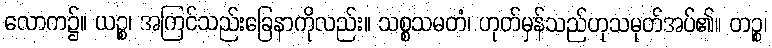
လောက၌။ ယဉ္စ၊ အကြင်သည်းခြေနာကိုလည်း။ သစ္စသမတံ၊ ဟုတ်မှန်သည်ဟုသမုတ်အပ်၏။ တဉ္စ၊